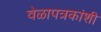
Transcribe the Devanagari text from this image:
वेळापत्रकांशी